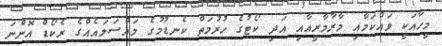
މީހާއަކީ ވައްކަމާއި މާރާމާރީއާއި އަދި ކޯޓުގެ ހުރުމަތް ކެނޑުމުގެ މައްސަލައެއްގެ ރެކޯޑް އޮންނަ